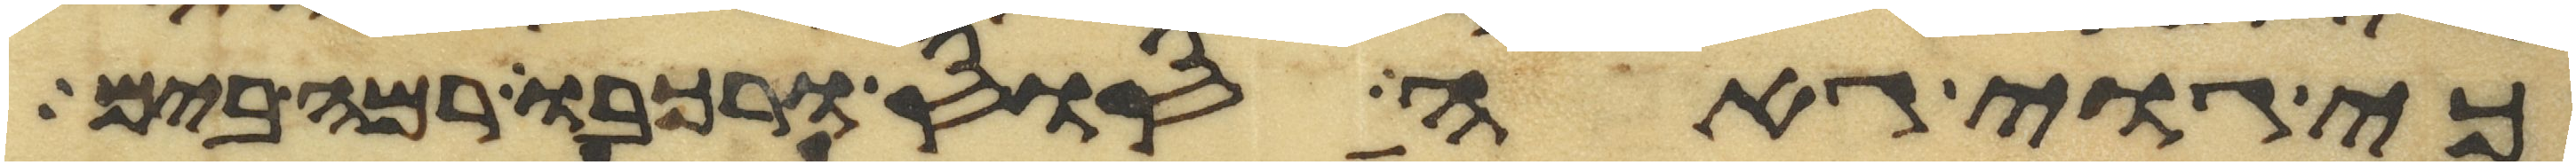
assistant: כי גוי גאה סוס ורכבו רמה בים